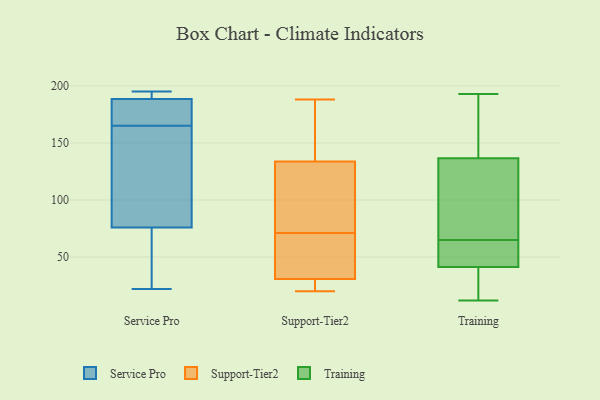
{"axis": {"x": "LTV (USD)", "y": "Value"}, "legend": ["Service Pro", "Support-Tier2", "Training"], "data": [{"x": "", "y": 65, "type": "Service Pro"}, {"x": "", "y": 195, "type": "Service Pro"}, {"x": "", "y": 190, "type": "Service Pro"}, {"x": "", "y": 40, "type": "Service Pro"}, {"x": "", "y": 109, "type": "Service Pro"}, {"x": "", "y": 127, "type": "Service Pro"}, {"x": "", "y": 165, "type": "Service Pro"}, {"x": "", "y": 184, "type": "Service Pro"}, {"x": "", "y": 194, "type": "Service Pro"}, {"x": "", "y": 174, "type": "Service Pro"}, {"x": "", "y": 22, "type": "Service Pro"}, {"x": "", "y": 91, "type": "Support-Tier2"}, {"x": "", "y": 27, "type": "Support-Tier2"}, {"x": "", "y": 75, "type": "Support-Tier2"}, {"x": "", "y": 20, "type": "Support-Tier2"}, {"x": "", "y": 49, "type": "Support-Tier2"}, {"x": "", "y": 64, "type": "Support-Tier2"}, {"x": "", "y": 27, "type": "Support-Tier2"}, {"x": "", "y": 42, "type": "Support-Tier2"}, {"x": "", "y": 21, "type": "Support-Tier2"}, {"x": "", "y": 71, "type": "Support-Tier2"}, {"x": "", "y": 87, "type": "Support-Tier2"}, {"x": "", "y": 148, "type": "Support-Tier2"}, {"x": "", "y": 166, "type": "Support-Tier2"}, {"x": "", "y": 165, "type": "Support-Tier2"}, {"x": "", "y": 188, "type": "Support-Tier2"}, {"x": "", "y": 106, "type": "Training"}, {"x": "", "y": 40, "type": "Training"}, {"x": "", "y": 138, "type": "Training"}, {"x": "", "y": 107, "type": "Training"}, {"x": "", "y": 71, "type": "Training"}, {"x": "", "y": 146, "type": "Training"}, {"x": "", "y": 54, "type": "Training"}, {"x": "", "y": 60, "type": "Training"}, {"x": "", "y": 13, "type": "Training"}, {"x": "", "y": 51, "type": "Training"}, {"x": "", "y": 27, "type": "Training"}, {"x": "", "y": 135, "type": "Training"}, {"x": "", "y": 137, "type": "Training"}, {"x": "", "y": 193, "type": "Training"}, {"x": "", "y": 20, "type": "Training"}, {"x": "", "y": 177, "type": "Training"}, {"x": "", "y": 65, "type": "Training"}, {"x": "", "y": 12, "type": "Training"}, {"x": "", "y": 45, "type": "Training"}]}